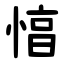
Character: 㥫